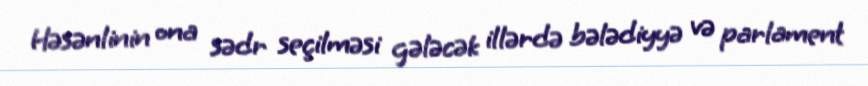
Həsənlinin ona sədr seçilməsi gələcək illərdə bələdiyyə və parlament